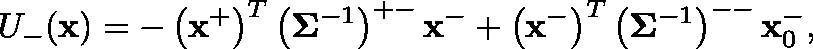
U _ { - } ( \mathbf { x } ) = - \left( \mathbf { x } ^ { + } \right) ^ { T } \left( \mathbf { \Sigma } ^ { - 1 } \right) ^ { + - } \mathbf { x } ^ { - } + \left( \mathbf { x } ^ { - } \right) ^ { T } \left( \mathbf { \Sigma } ^ { - 1 } \right) ^ { -- } \mathbf { x } _ { 0 } ^ { - } ,